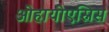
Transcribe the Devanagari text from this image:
ओहायोएस्निस